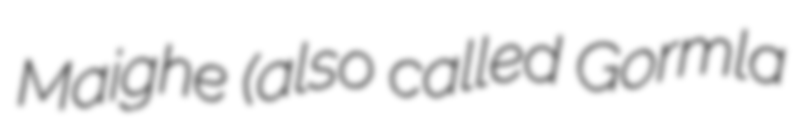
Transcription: Maighe (also called Gormla